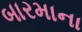
બારમાના